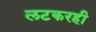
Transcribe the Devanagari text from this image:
लटकरही